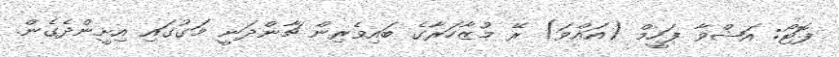
ފޮޓޯ: އަޝްވާ ފަހީމް (އައްވަ) ރޭ މުޒާހަރާގެ ބައިވެރިން ޗާންދަނީ މަގުގައި އިށީންދެގެން.